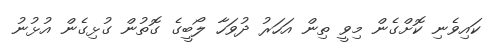
ކައިވެނި ކޮށްގެން މިވީ ތިން އަހަރު ދުވަހާ ލޯބީގެ ގޮތުން ގުޅިގެން އުޅުނު